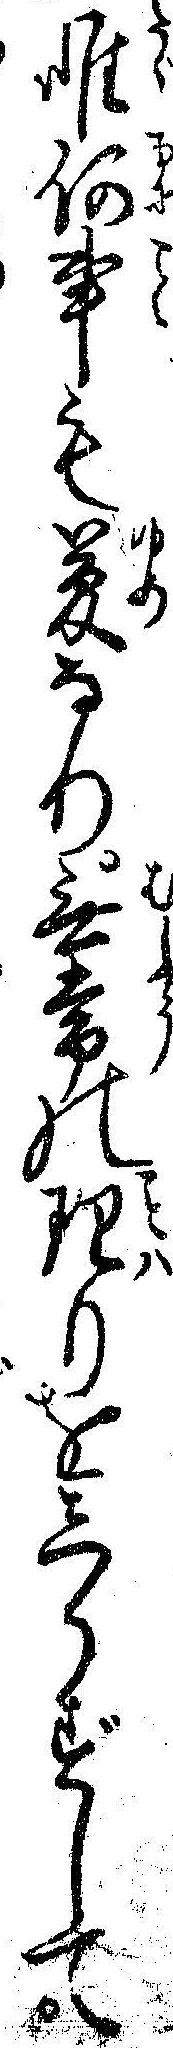
唯何事も夢なり無常の理りをしらずして